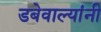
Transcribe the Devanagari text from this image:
डबेवाल्यांनी